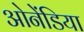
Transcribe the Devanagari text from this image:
ओनेंडिया